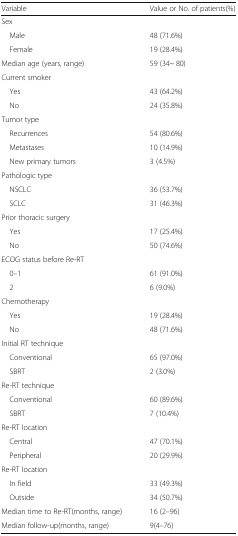
<table><thead><tr><td><b>Variable</b></td><td><b>Value or No. of patients(%)</b></td></tr></thead><tbody><tr><td colspan="2">Sex</td></tr><tr><td> Male</td><td>48 (71.6%)</td></tr><tr><td> Female</td><td>19 (28.4%)</td></tr><tr><td>Median age (years, range)</td><td>59 (34~ 80)</td></tr><tr><td colspan="2">Current smoker</td></tr><tr><td> Yes</td><td>43 (64.2%)</td></tr><tr><td> No</td><td>24 (35.8%)</td></tr><tr><td colspan="2">Tumor type</td></tr><tr><td> Recurrences</td><td>54 (80.6%)</td></tr><tr><td> Metastases</td><td>10 (14.9%)</td></tr><tr><td> New primary tumors</td><td>3 (4.5%)</td></tr><tr><td colspan="2">Pathologic type</td></tr><tr><td> NSCLC</td><td>36 (53.7%)</td></tr><tr><td> SCLC</td><td>31 (46.3%)</td></tr><tr><td colspan="2">Prior thoracic surgery</td></tr><tr><td> Yes</td><td>17 (25.4%)</td></tr><tr><td> No</td><td>50 (74.6%)</td></tr><tr><td colspan="2">ECOG status before Re-RT</td></tr><tr><td> 0–1</td><td>61 (91.0%)</td></tr><tr><td> 2</td><td>6 (9.0%)</td></tr><tr><td colspan="2">Chemotherapy</td></tr><tr><td> Yes</td><td>19 (28.4%)</td></tr><tr><td> No</td><td>48 (71.6%)</td></tr><tr><td colspan="2">Initial RT technique</td></tr><tr><td> Conventional</td><td>65 (97.0%)</td></tr><tr><td> SBRT</td><td>2 (3.0%)</td></tr><tr><td colspan="2">Re-RT technique</td></tr><tr><td> Conventional</td><td>60 (89.6%)</td></tr><tr><td> SBRT</td><td>7 (10.4%)</td></tr><tr><td colspan="2">Re-RT location</td></tr><tr><td> Central</td><td>47 (70.1%)</td></tr><tr><td> Peripheral</td><td>20 (29.9%)</td></tr><tr><td colspan="2">Re-RT location</td></tr><tr><td> In field</td><td>33 (49.3%)</td></tr><tr><td> Outside</td><td>34 (50.7%)</td></tr><tr><td>Median time to Re-RT(months, range)</td><td>16 (2–96)</td></tr><tr><td>Median follow-up(months, range)</td><td>9(4–76)</td></tr></tbody></table>